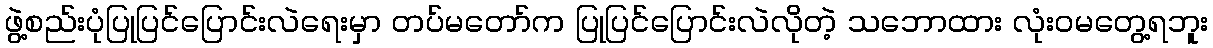
ဖွဲ့စည်းပုံပြုပြင်ပြောင်းလဲရေးမှာ တပ်မတော်က ပြုပြင်ပြောင်းလဲလိုတဲ့ သဘောထား လုံးဝမတွေ့ရဘူး